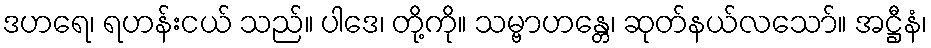
ဒဟရေ၊ ရဟန်းငယ် သည်။ ပါဒေ၊ တို့ကို။ သမ္ဗာဟန္တေ၊ ဆုတ်နယ်လသော်။ အဋ္ဌီနံ၊